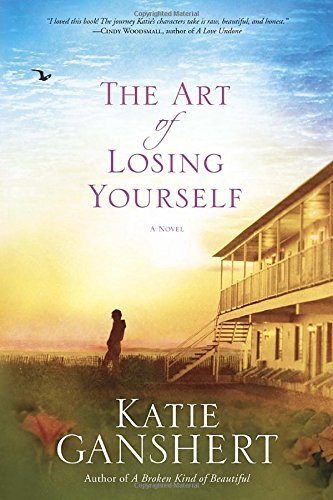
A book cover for The Art of Losing Yourself: A Novel; Katie Ganshert; Romance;